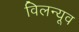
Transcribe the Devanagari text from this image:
विलन्यूव